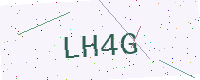
Text: LH4G